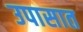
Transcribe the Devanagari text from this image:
उपासात